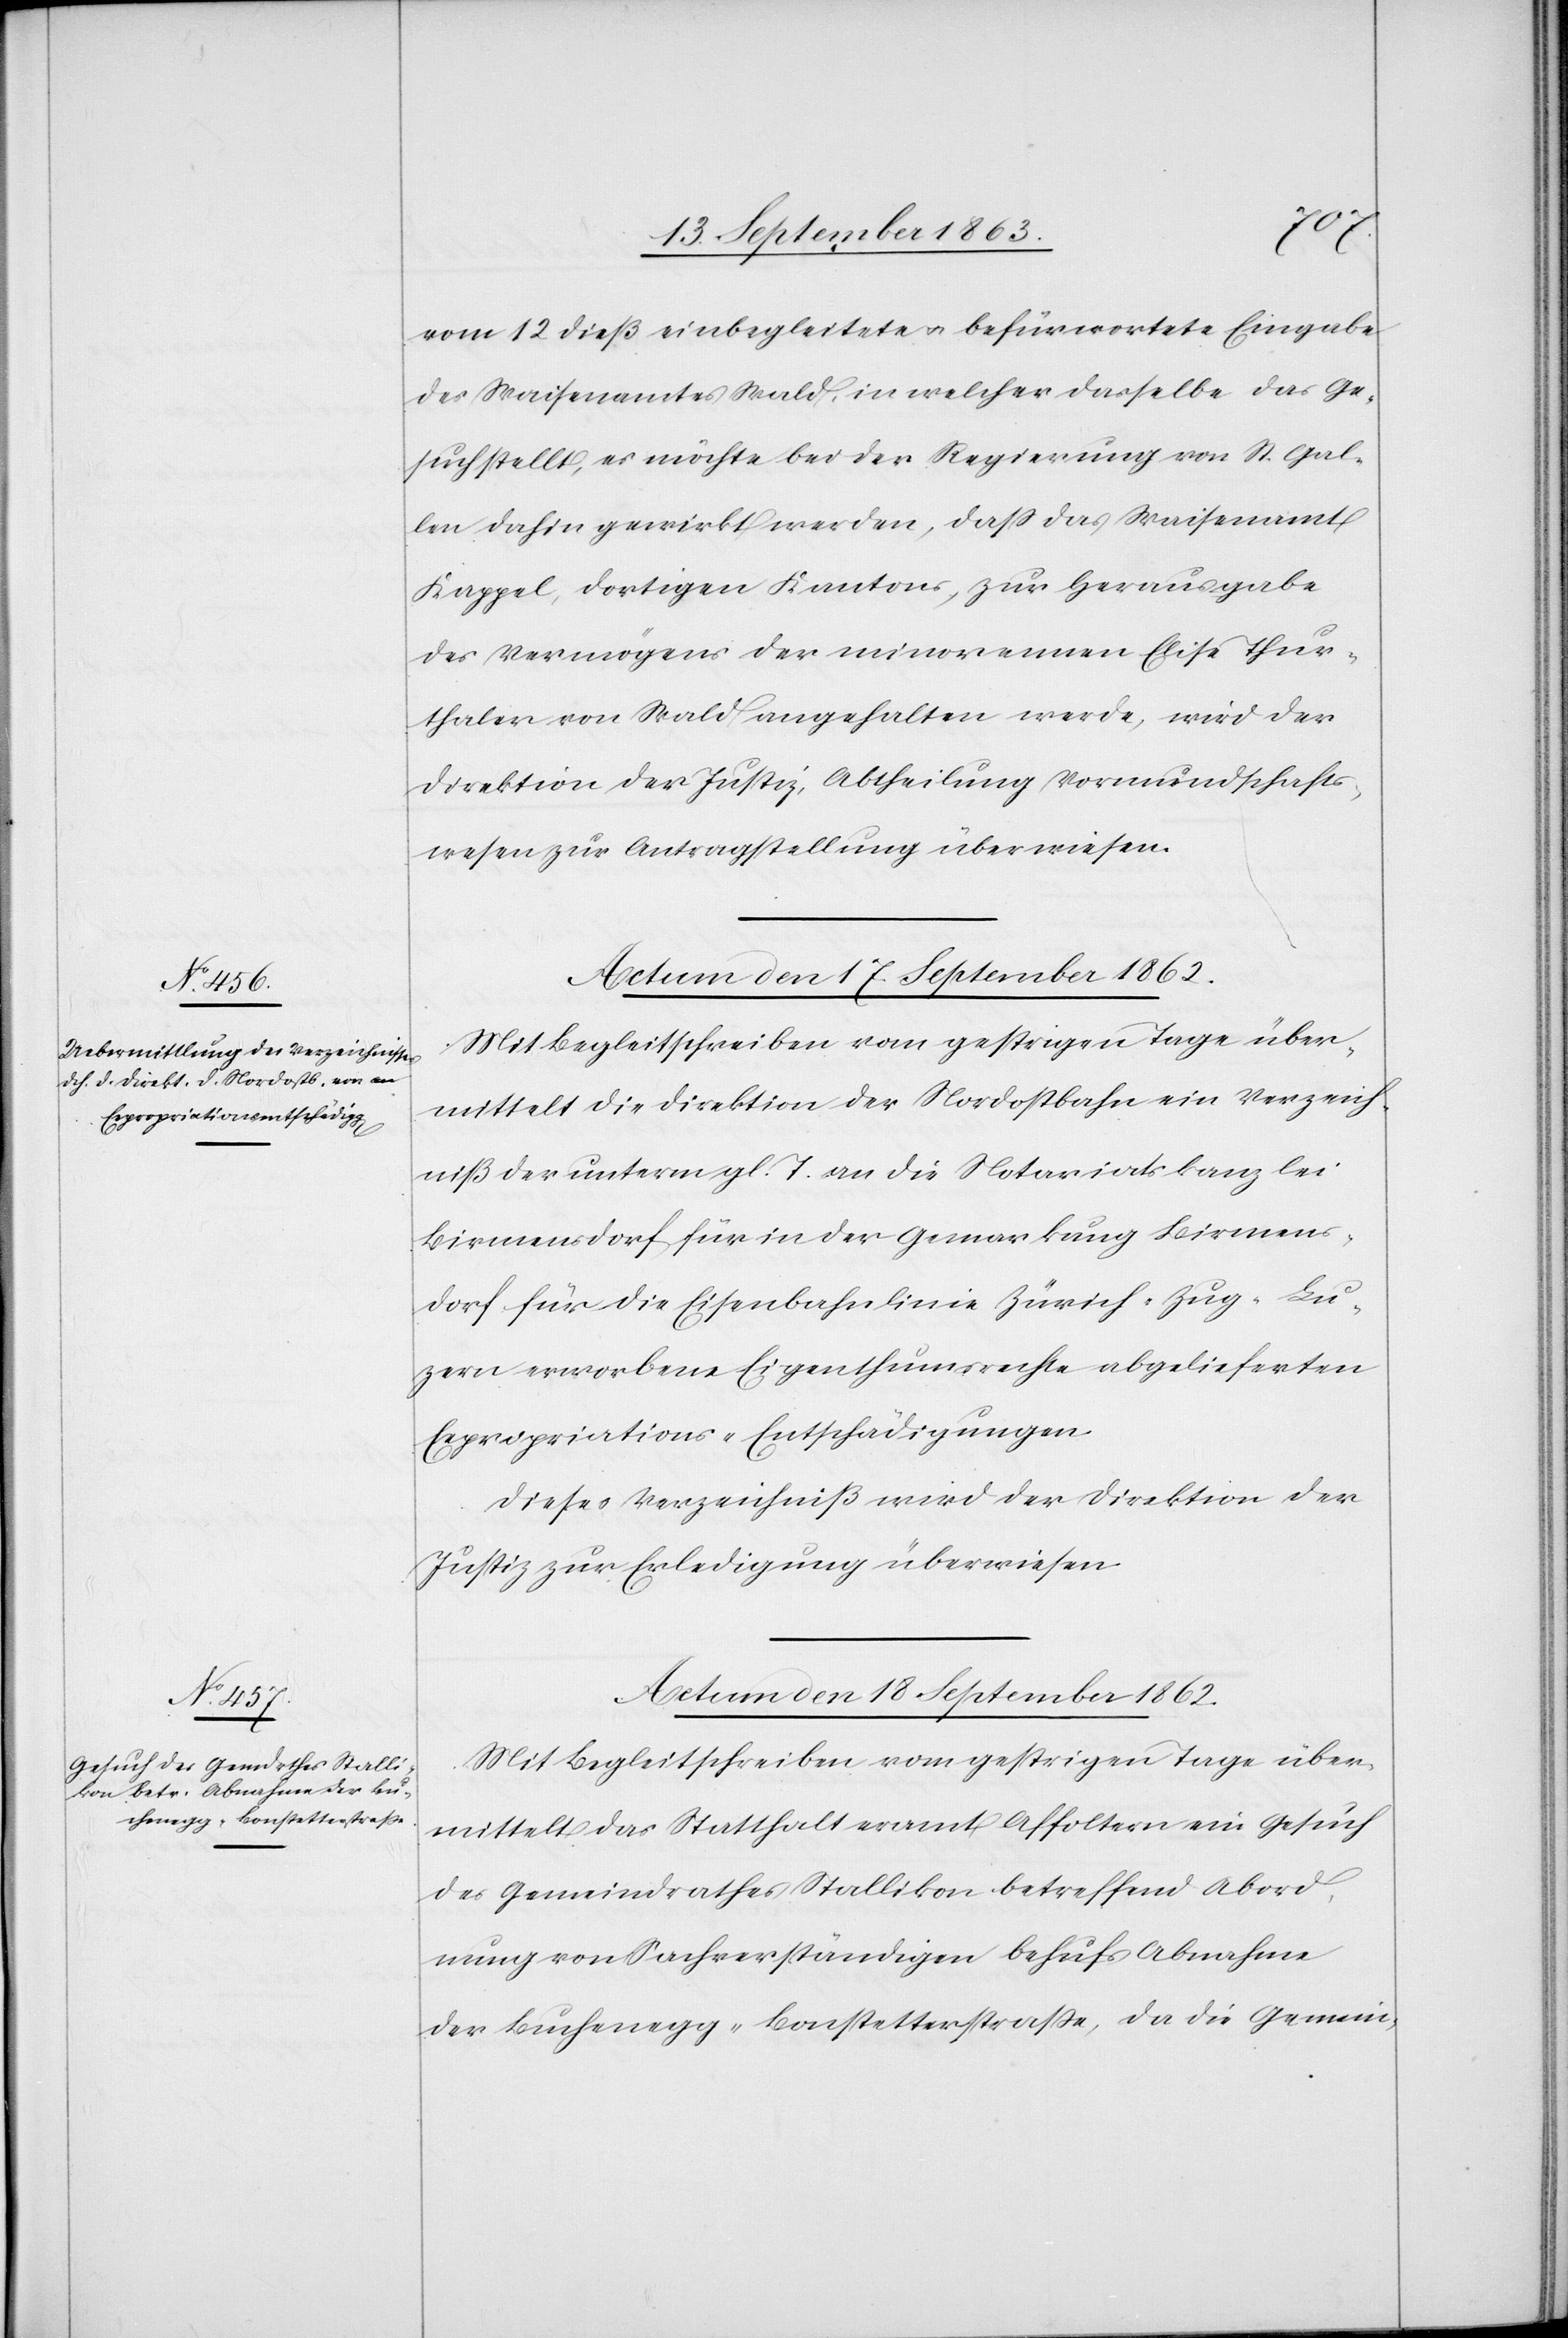
vom 12. dieß einbegleitete u. befürwortete Eingabe
des Waisenamtes Wald, in welcher dasselbe das Ge¬
such stellt, es möchte bei der Regierung von St. Gal¬
len dahin gewirkt werden, daß das Waisenamt
Kappel, dortigen Kantons, zur Herausgabe
des Vermögens der minorennen Elise Thur¬
thaler von Wald angehalten werde, wird der
Direktion der Justiz, Abtheilung Vormundschafts¬
wesen zur Antragstellung überwiesen.
Actum den 18. September 1862.
Mit Begleitschreiben vom gestrigen Tage über¬
mittelt die Direktion der Nordostbahn ein Verzeich¬
niß der unterm gl. T. an die Notariatskanzlei
Birmensdorf für in der Gemarkung Birmens¬
dorf für die Eisenbahnlinie Zürich–Zug–Lu¬
zern erworbenen Eigenthumsrechte abgelieferten
Expropriations-Entschädigungen.
Dieses Verzeichniß wird der Direktion der
Justiz zur Erledigung überwiesen.
Mit Begleitschrift vom gestrigen Tage über¬
mittelt das Statthalteramt Affoltern ein Gesuch
des Gemeindrathes Stallikon betreffend Abord¬
nung von Sachverständigen behufs Abnahme
der Buchenegg-Bonstetterstraße, da die Gemein-